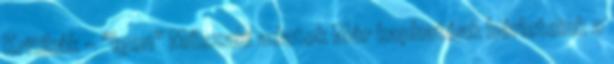
Kritikák - "Igen" Műszaki adatok Már kaphatóak bérleteink a